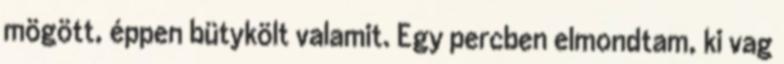
mögött, éppen bütykölt valamit. Egy percben elmondtam, ki vag